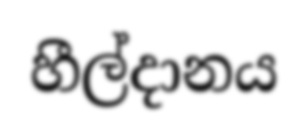
හීල්දානය